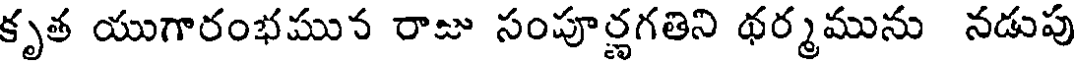
కృత యుగారంభమున రాజు సంపూర్ణగతిని థర్మమును నడుపు